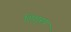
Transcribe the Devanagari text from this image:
शिशुरूप